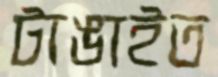
টাঙাইত